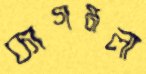
কাগমলা